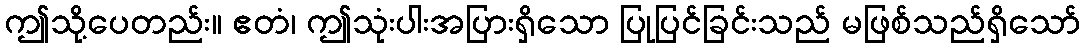
ဤသို့ပေတည်း။ ဧတံ၊ ဤသုံးပါးအပြားရှိသော ပြုပြင်ခြင်းသည် မဖြစ်သည်ရှိသော်